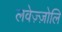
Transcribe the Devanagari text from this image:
लवेज़्ज़ोलि